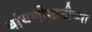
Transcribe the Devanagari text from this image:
बांधणीसाठीच्या